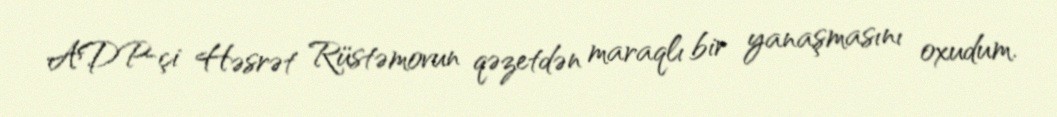
ADP-çi Həsrət Rüstəmovun qəzetdən maraqlı bir yanaşmasını oxudum.